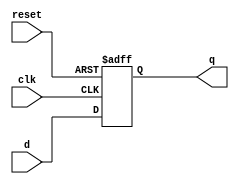
module Dflipflp(input d, output reg q, input clk, input reset);


always @ (posedge clk or posedge reset) begin
 if (reset) q <= 1'b0;
 else q <= d;
end

endmodule

module huffman_decoder(output wire [2:0] y, input x, input clk, input reset);

reg[2:0] state;
reg re;
wire a,b,c;
wire X;

parameter S0 = 3'b000;
parameter S1 = 3'b001;
parameter S2 = 3'b010;
parameter S3 = 3'b011;
parameter S4 = 3'b100;

Dflipflp D_X(x,X,clk,reset);
Dflipflp D_A(state[2],a,clk,reset);
Dflipflp D_B(state[1],b,clk,reset);
Dflipflp D_C(state[0],c,clk,reset);

always @ (posedge clk or posedge reset) begin
	if (reset == 1) 
	begin state = S0; re = 1; end
	else begin
		re = 0;
		case (state)
			S0: if (x) state <= S1; else state <= S0;
			S1: if (x) state <= S3; else state <= S2;
			S2: state <= S0;
			S3: if (x) state <= S0; else state <= S4;
			S4: state <= S0;
		endcase
	end
end

assign y[0] = ~re & (( ~a & ~c & ~X) | (a & X));
assign y[1] = ~re & (( b & ~c ) | (a & ~X));
assign y[2] = ~re & (a | ( b & c & X));

endmodule